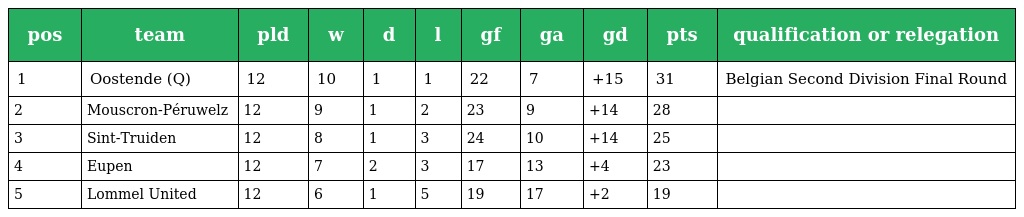
| pos | team | pld | w | d | l | gf | ga | gd | pts | qualification or relegation |
 | --- | --- | --- | --- | --- | --- | --- | --- | --- | --- | --- |
 | 1 | Oostende (Q) | 12 | 10 | 1 | 1 | 22 | 7 | +15 | 31 | Belgian Second Division Final Round |
 | 2 | Mouscron-Péruwelz | 12 | 9 | 1 | 2 | 23 | 9 | +14 | 28 |  |
 | 3 | Sint-Truiden | 12 | 8 | 1 | 3 | 24 | 10 | +14 | 25 |  |
 | 4 | Eupen | 12 | 7 | 2 | 3 | 17 | 13 | +4 | 23 |  |
 | 5 | Lommel United | 12 | 6 | 1 | 5 | 19 | 17 | +2 | 19 |  |